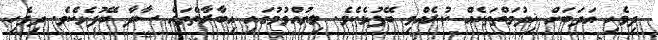
ދިވެހި އަދަބަށް ޚިދުމަތްތަކެއް ކުރެއްވި ބޭފުޅެކެވެ. ލިޔުއްވުމުގައި އިބާރާތްތައް ސާދާ ބޭފުޅެކެވެ. ދިވެހި